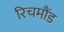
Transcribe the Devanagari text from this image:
रिचमौंड